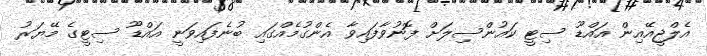
އެލްޖީއޭއިން އައްޑޫ ސިޓީ ކައުންސިލަށް ފޮނުވާފައިވާ އެންގުމެއްގައި ބުނެފައިވަނީ އައްޑޫ ސިޓީގެ މޭޔަރު